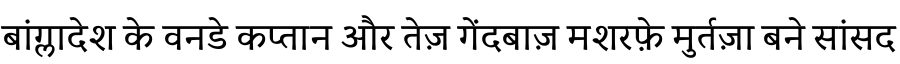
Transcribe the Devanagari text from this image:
बांग्लादेश के वनडे कप्तान और तेज़ गेंदबाज़ मशरफ़े मुर्तज़ा बने सांसद